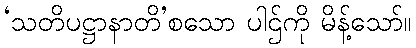
‘သတိပဋ္ဌာနာတိ’စသော ပါဌ်ကို မိန့်သော်။